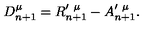
D _ { n + 1 } ^ { \mu } = R _ { n + 1 } ^ { \prime \ \mu } - A _ { n + 1 } ^ { \prime \ \mu } .